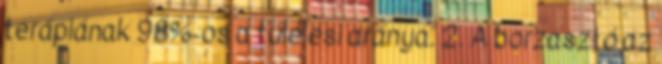
terápiának 98%-os a túlélési aránya. 2. A borzasztó az